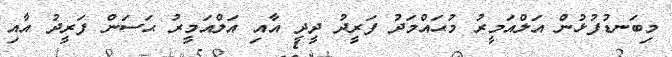
މިބަނޑުފުޅުން އަލްއަމީރު މުޙައްމަދު ފަރީދު ދީދީ އާއި އަލްއަމީރު ޙަސަން ފަރީދު އާއި